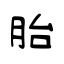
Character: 胎